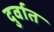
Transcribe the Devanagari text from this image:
दुर्वात